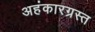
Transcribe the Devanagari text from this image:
अहंकारग्रस्त